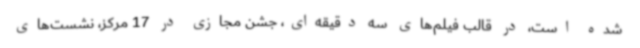
شده است، در قالب فیلم‌های سه دقیقه‌ای، جشن مجازی در 17 مرکز، نشست‌های